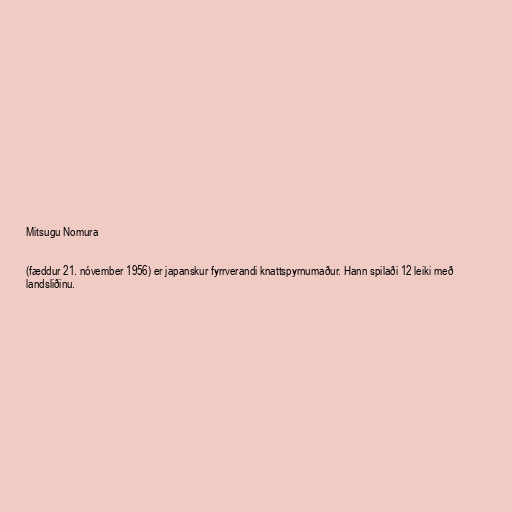
Mitsugu Nomura

(fæddur 21. nóvember 1956) er japanskur fyrrverandi knattspyrnumaður. Hann spilaði 12 leiki með
landsliðinu.